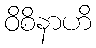
ဝိစိနာဟိ